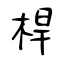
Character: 桿